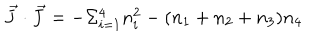
\vec { J } \cdot \vec { J } = - \Sigma _ { i = 1 } ^ { 4 } n _ { i } ^ { 2 } - ( n _ { 1 } + n _ { 2 } + n _ { 3 } ) n _ { 4 }